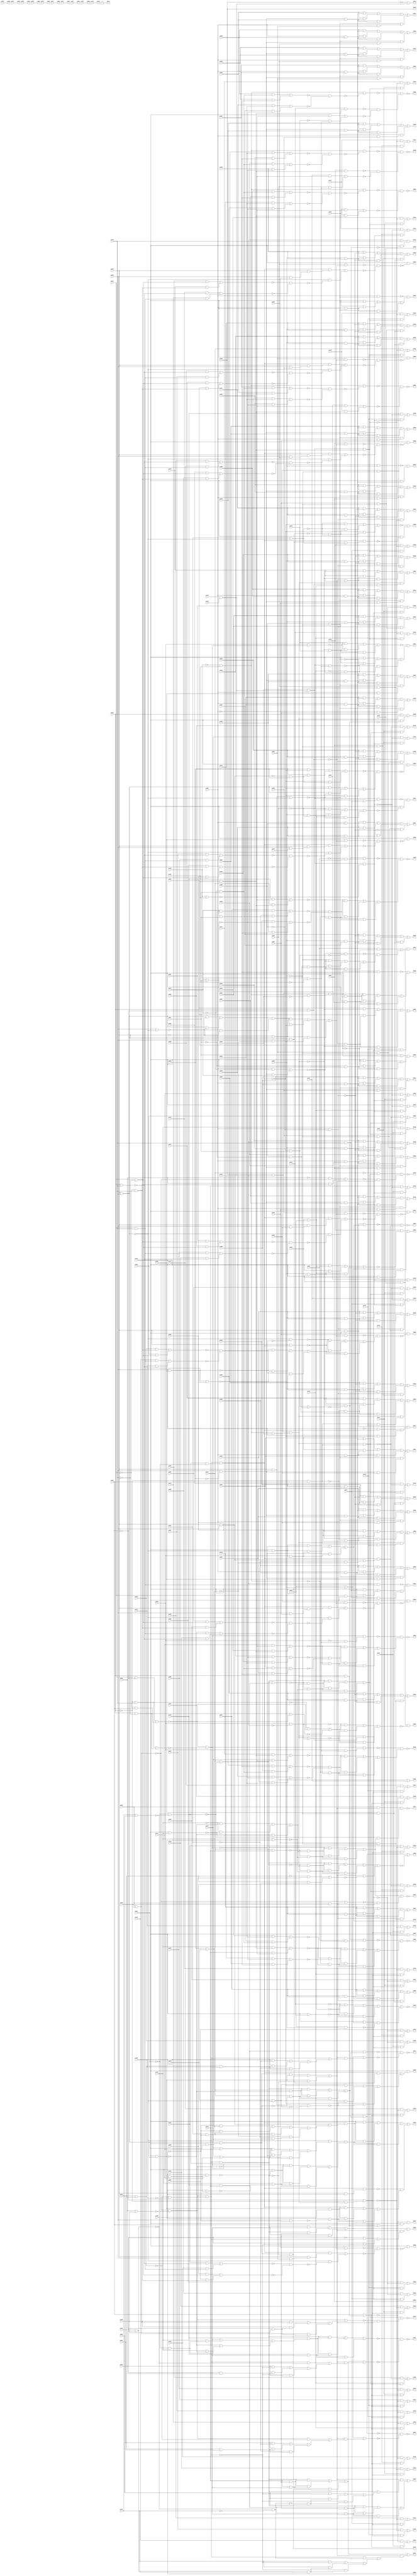
//Written by the Majority Logic Package Thu Apr 30 13:27:53 2015
module top (
            pi000, pi001, pi002, pi003, pi004, pi005, pi006, pi007, pi008, pi009, pi010, pi011, pi012, pi013, pi014, pi015, pi016, pi017, pi018, pi019, pi020, pi021, pi022, pi023, pi024, pi025, pi026, pi027, pi028, pi029, pi030, pi031, pi032, pi033, pi034, pi035, pi036, pi037, pi038, pi039, pi040, pi041, pi042, pi043, pi044, pi045, pi046, pi047, pi048, pi049, pi050, pi051, pi052, pi053, pi054, pi055, pi056, pi057, pi058, pi059, pi060, pi061, pi062, pi063, pi064, pi065, pi066, pi067, pi068, pi069, pi070, pi071, pi072, pi073, pi074, pi075, pi076, pi077, pi078, pi079, pi080, pi081, pi082, pi083, pi084, pi085, pi086, pi087, pi088, pi089, pi090, pi091, pi092, pi093, pi094, pi095, pi096, pi097, pi098, pi099, pi100, pi101, pi102, pi103, pi104, pi105, pi106, pi107, pi108, pi109, pi110, pi111, pi112, pi113, pi114, pi115, pi116, pi117, pi118, pi119, pi120, pi121, pi122, pi123, pi124, pi125, pi126, pi127, pi128, pi129, pi130, pi131, pi132, pi133, pi134, pi135, pi136, pi137, pi138, pi139, pi140, pi141, pi142, pi143, pi144, pi145, pi146, pi147, 
            po000, po001, po002, po003, po004, po005, po006, po007, po008, po009, po010, po011, po012, po013, po014, po015, po016, po017, po018, po019, po020, po021, po022, po023, po024, po025, po026, po027, po028, po029, po030, po031, po032, po033, po034, po035, po036, po037, po038, po039, po040, po041, po042, po043, po044, po045, po046, po047, po048, po049, po050, po051, po052, po053, po054, po055, po056, po057, po058, po059, po060, po061, po062, po063, po064, po065, po066, po067, po068, po069, po070, po071, po072, po073, po074, po075, po076, po077, po078, po079, po080, po081, po082, po083, po084, po085, po086, po087, po088, po089, po090, po091, po092, po093, po094, po095, po096, po097, po098, po099, po100, po101, po102, po103, po104, po105, po106, po107, po108, po109, po110, po111, po112, po113, po114, po115, po116, po117, po118, po119, po120, po121, po122, po123, po124, po125, po126, po127, po128, po129, po130, po131, po132, po133, po134, po135, po136, po137, po138, po139, po140, po141, po142, po143, po144, po145, po146);
input pi000, pi001, pi002, pi003, pi004, pi005, pi006, pi007, pi008, pi009, pi010, pi011, pi012, pi013, pi014, pi015, pi016, pi017, pi018, pi019, pi020, pi021, pi022, pi023, pi024, pi025, pi026, pi027, pi028, pi029, pi030, pi031, pi032, pi033, pi034, pi035, pi036, pi037, pi038, pi039, pi040, pi041, pi042, pi043, pi044, pi045, pi046, pi047, pi048, pi049, pi050, pi051, pi052, pi053, pi054, pi055, pi056, pi057, pi058, pi059, pi060, pi061, pi062, pi063, pi064, pi065, pi066, pi067, pi068, pi069, pi070, pi071, pi072, pi073, pi074, pi075, pi076, pi077, pi078, pi079, pi080, pi081, pi082, pi083, pi084, pi085, pi086, pi087, pi088, pi089, pi090, pi091, pi092, pi093, pi094, pi095, pi096, pi097, pi098, pi099, pi100, pi101, pi102, pi103, pi104, pi105, pi106, pi107, pi108, pi109, pi110, pi111, pi112, pi113, pi114, pi115, pi116, pi117, pi118, pi119, pi120, pi121, pi122, pi123, pi124, pi125, pi126, pi127, pi128, pi129, pi130, pi131, pi132, pi133, pi134, pi135, pi136, pi137, pi138, pi139, pi140, pi141, pi142, pi143, pi144, pi145, pi146, pi147;
output po000, po001, po002, po003, po004, po005, po006, po007, po008, po009, po010, po011, po012, po013, po014, po015, po016, po017, po018, po019, po020, po021, po022, po023, po024, po025, po026, po027, po028, po029, po030, po031, po032, po033, po034, po035, po036, po037, po038, po039, po040, po041, po042, po043, po044, po045, po046, po047, po048, po049, po050, po051, po052, po053, po054, po055, po056, po057, po058, po059, po060, po061, po062, po063, po064, po065, po066, po067, po068, po069, po070, po071, po072, po073, po074, po075, po076, po077, po078, po079, po080, po081, po082, po083, po084, po085, po086, po087, po088, po089, po090, po091, po092, po093, po094, po095, po096, po097, po098, po099, po100, po101, po102, po103, po104, po105, po106, po107, po108, po109, po110, po111, po112, po113, po114, po115, po116, po117, po118, po119, po120, po121, po122, po123, po124, po125, po126, po127, po128, po129, po130, po131, po132, po133, po134, po135, po136, po137, po138, po139, po140, po141, po142, po143, po144, po145, po146;
wire one, v0, v1, v2, v3, v4, v5, v6, v7, v8, v9, v10, v11, v12, v13, v14, v15, v16, v17, v18, v19, v20, v21, v22, v23, v24, v25, v26, v27, v28, v29, v30, v31, v32, v33, v34, v35, v36, v37, v38, v39, v40, v41, v42, v43, v44, v45, v46, v47, v48, v49, v50, v51, v52, v53, v54, v55, v56, v57, v58, v59, v60, v61, v62, v63, v64, v65, v66, v67, v68, v69, v70, v71, v72, v73, v74, v75, v76, v77, v78, v79, v80, v81, v82, v83, v84, v85, v86, v87, v88, v89, v90, v91, v92, v93, v94, v95, v96, v97, v98, v99, v100, v101, v102, v103, v104, v105, v106, v107, v108, v109, v110, v111, v112, v113, v114, v115, v116, v117, v118, v119, v120, v121, v122, v123, v124, v125, v126, v127, v128, v129, v130, v131, v132, v133, v134, v135, v136, v137, v138, v139, v140, v141, v142, v143, v144, v145, v146, v147, v148, v149, v150, v151, v152, v153, v154, v155, v156, v157, v158, v159, v160, v161, v162, v163, v164, v165, v166, v167, v168, v169, v170, v171, v172, v173, v174, v175, v176, v177, v178, v179, v180, v181, v182, v183, v184, v185, v186, v187, v188, v189, v190, v191, v192, v193, v194, 
 w0, w1, w2, w3, w4, w5, w6, w7, w8, w9, w10, w11, w12, w13, w14, w15, w16, w17, w18, w19, w20, w21, w22, w23, w24, w25, w26, w27, w28, w29, w30, w31, w32, w33, w34, w35, w36, w37, w38, w39, w40, w41, w42, w43, w44, w45, w46, w47, w48, w49, w50, w51, w52, w53, w54, w55, w56, w57, w58, w59, w60, w61, w62, w63, w64, w65, w66, w67, w68, w69, w70, w71, w72, w73, w74, w75, w76, w77, w78, w79, w80, w81, w82, w83, w84, w85, w86, w87, w88, w89, w90, w91, w92, w93, w94, w95, w96, w97, w98, w99, w100, w101, w102, w103, w104, w105, w106, w107, w108, w109, w110, w111, w112, w113, w114, w115, w116, w117, w118, w119, w120, w121, w122, w123, w124, w125, w126, w127, w128, w129, w130, w131, w132, w133, w134, w135, w136, w137, w138, w139, w140, w141, w142, w143, w144, w145, w146, w147, w148, w149, w150, w151, w152, w153, w154, w155, w156, w157, w158, w159, w160, w161, w162, w163, w164, w165, w166, w167, w168, w169, w170, w171, w172, w173, w174, w175, w176, w177, w178, w179, w180, w181, w182, w183, w184, w185, w186, w187, w188, w189, w190, w191, w192, w193, w194, w195, w196, w197, w198, w199, w200, w201, w202, w203, w204, w205, w206, w207, w208, w209, w210, w211, w212, w213, w214, w215, w216, w217, w218, w219, w220, w221, w222, w223, w224, w225, w226, w227, w228, w229, w230, w231, w232, w233, w234, w235, w236, w237, w238, w239, w240, w241, w242, w243, w244, w245, w246, w247, w248, w249, w250, w251, w252, w253, w254, w255, w256, w257, w258, w259, w260, w261, w262, w263, w264, w265, w266, w267, w268, w269, w270, w271, w272, w273, w274, w275, w276, w277, w278, w279, w280, w281, w282, w283, w284, w285, w286, w287, w288, w289, w290, w291, w292, w293, w294, w295, w296, w297, w298, w299, w300, w301, w302, w303, w304, w305, w306, w307, w308, w309, w310, w311, w312, w313, w314, w315, w316, w317, w318, w319, w320, w321, w322, w323, w324, w325, w326, w327, w328, w329, w330, w331, w332, w333, w334, w335, w336, w337, w338, w339, w340, w341, w342, w343, w344, w345, w346, w347, w348, w349, w350, w351, w352, w353, w354, w355, w356, w357, w358, w359, w360, w361, w362, w363, w364, w365, w366, w367, w368, w369, w370, w371, w372, w373, w374, w375, w376, w377, w378, w379, w380, w381, w382, w383, w384, w385, w386, w387, w388, w389, w390, w391, w392, w393, w394, w395, w396, w397, w398, w399, w400, w401, w402, w403, w404, w405, w406, w407, w408, w409, w410, w411, w412, w413, w414, w415, w416, w417, w418, w419, w420, w421, w422, w423, w424, w425, w426, w427, w428, w429, w430, w431, w432, w433, w434, w435, w436, w437, w438, w439, w440, w441, w442, w443, w444, w445, w446, w447, w448, w449, w450, w451, w452, w453, w454, w455, w456, w457, w458, w459, w460, w461, w462, w463, w464, w465, w466, w467, w468, w469, w470, w471, w472, w473, w474, w475, w476, w477, w478, w479, w480, w481, w482, w483, w484, w485, w486, w487, w488, w489, w490, w491, w492, w493, w494, w495, w496, w497, w498, w499, w500, w501, w502, w503, w504, w505, w506, w507, w508, w509, w510, w511, w512, w513, w514, w515, w516, w517, w518, w519, w520, w521, w522, w523, w524, w525, w526, w527, w528, w529, w530, w531, w532, w533, w534, w535, w536, w537, w538, w539, w540, w541, w542, w543, w544, w545, w546, w547, w548, w549, w550, w551, w552, w553, w554, w555, w556, w557, w558, w559, w560, w561, w562, w563, w564, w565, w566, w567, w568, w569, w570, w571, w572, w573, w574, w575, w576, w577, w578, w579, w580, w581, w582, w583, w584, w585, w586, w587, w588, w589, w590, w591, w592, w593, w594, w595, w596, w597, w598, w599, w600, w601, w602, w603, w604, w605, w606, w607, w608, w609, w610, w611, w612, w613, w614, w615, w616, w617, w618, w619, w620, w621, w622, w623, w624, w625, w626, w627, w628, w629, w630, w631, w632, w633, w634, w635, w636, w637, w638, w639, w640, w641, w642, w643, w644, w645, w646, w647, w648, w649, w650, w651, w652, w653, w654, w655, w656, w657, w658, w659, w660, w661, w662, w663, w664, w665, w666, w667, w668, w669, w670, w671, w672, w673, w674, w675, w676, w677, w678, w679, w680, w681, w682, w683, w684, w685, w686, w687, w688, w689, w690, w691, w692, w693, w694, w695, w696, w697, w698, w699, w700, w701, w702, w703, w704, w705, w706, w707, w708, w709, w710, w711, w712, w713, w714, w715, w716, w717, w718, w719, w720, w721, w722, w723, w724, w725, w726, w727, w728, w729, w730, w731, w732, w733, w734, w735, w736, w737, w738, w739, w740, w741, w742, w743, w744, w745, w746, w747, w748, w749, w750, w751, w752, w753, w754, w755, w756, w757, w758, w759, w760, w761, w762, w763, w764, w765, w766, w767, w768, w769, w770, w771, w772, w773, w774, w775, w776, w777, w778, w779, w780, w781, w782, w783, w784, w785, w786, w787, w788, w789, w790, w791, w792, w793, w794, w795, w796, w797, w798, w799, w800, w801, w802, w803, w804, w805, w806, w807, w808, w809, w810, w811, w812, w813, w814, w815, w816, w817, w818, w819, w820, w821, w822, w823, w824, w825, w826, w827, w828, w829, w830, w831, w832, w833, w834, w835, w836;
assign v0 = ~(pi000 | pi002);
assign w0 = v0;
assign w1 = (pi128 & ~w0) | (pi128 & w745) | (~w0 & w745);
assign w2 = pi120 & ~w1;
assign v1 = ~(pi002 | pi063);
assign w3 = v1;
assign w4 = pi128 & ~w3;
assign w5 = ~w3 & w746;
assign v2 = ~(w2 | w5);
assign w6 = v2;
assign w7 = pi128 & pi133;
assign w8 = ~pi138 & pi139;
assign w9 = pi134 & pi135;
assign w10 = pi130 & w9;
assign w11 = w10 & w722;
assign w12 = pi001 & ~w11;
assign w13 = pi004 & ~pi075;
assign w14 = ~pi004 & pi075;
assign v3 = ~(w13 | w14);
assign w15 = v3;
assign w16 = ~pi005 & pi077;
assign w17 = w15 & ~w16;
assign w18 = pi005 & ~pi077;
assign w19 = (~pi063 & w15) | (~pi063 & w747) | (w15 & w747);
assign w20 = ~w17 & w19;
assign v4 = ~(w12 | w20);
assign w21 = v4;
assign w22 = w7 & ~w21;
assign w23 = (~pi119 & w0) | (~pi119 & w748) | (w0 & w748);
assign w24 = pi002 & pi063;
assign w25 = w4 & ~w24;
assign v5 = ~(w23 | w25);
assign w26 = v5;
assign w27 = pi136 & w9;
assign w28 = pi138 & ~pi139;
assign w29 = w27 & w28;
assign w30 = w27 & w749;
assign w31 = (~pi003 & ~w0) | (~pi003 & w750) | (~w0 & w750);
assign w32 = pi128 & ~w31;
assign w33 = ~w30 & w32;
assign w34 = pi005 & ~pi063;
assign w35 = pi004 & w34;
assign w36 = (pi128 & w34) | (pi128 & w751) | (w34 & w751);
assign w37 = ~w35 & w36;
assign w38 = ~pi005 & pi063;
assign w39 = pi128 & ~w34;
assign w40 = ~w38 & w39;
assign w41 = (pi006 & ~w34) | (pi006 & w752) | (~w34 & w752);
assign w42 = w34 & w753;
assign v6 = ~(w41 | w42);
assign w43 = v6;
assign w44 = (pi007 & ~w34) | (pi007 & w754) | (~w34 & w754);
assign w45 = w34 & w755;
assign v7 = ~(w44 | w45);
assign w46 = v7;
assign w47 = (pi008 & ~w34) | (pi008 & w756) | (~w34 & w756);
assign w48 = w34 & w757;
assign v8 = ~(w47 | w48);
assign w49 = v8;
assign w50 = (pi009 & ~w34) | (pi009 & w758) | (~w34 & w758);
assign w51 = w34 & w759;
assign v9 = ~(w50 | w51);
assign w52 = v9;
assign w53 = (pi010 & ~w34) | (pi010 & w760) | (~w34 & w760);
assign w54 = w34 & w761;
assign v10 = ~(w53 | w54);
assign w55 = v10;
assign w56 = pi004 & ~pi005;
assign w57 = (pi011 & ~w56) | (pi011 & w762) | (~w56 & w762);
assign w58 = pi050 & ~pi063;
assign w59 = w56 & w58;
assign v11 = ~(w57 | w59);
assign w60 = v11;
assign w61 = (pi012 & ~w56) | (pi012 & w763) | (~w56 & w763);
assign w62 = pi051 & ~pi063;
assign w63 = w56 & w62;
assign v12 = ~(w61 | w63);
assign w64 = v12;
assign w65 = (pi013 & ~w56) | (pi013 & w764) | (~w56 & w764);
assign w66 = pi045 & ~pi063;
assign w67 = w56 & w66;
assign v13 = ~(w65 | w67);
assign w68 = v13;
assign w69 = (pi014 & ~w56) | (pi014 & w765) | (~w56 & w765);
assign w70 = pi046 & ~pi063;
assign w71 = w56 & w70;
assign v14 = ~(w69 | w71);
assign w72 = v14;
assign w73 = (pi015 & ~w56) | (pi015 & w766) | (~w56 & w766);
assign w74 = pi047 & ~pi063;
assign w75 = w56 & w74;
assign v15 = ~(w73 | w75);
assign w76 = v15;
assign w77 = (pi016 & ~w56) | (pi016 & w767) | (~w56 & w767);
assign w78 = pi048 & ~pi063;
assign w79 = w56 & w78;
assign v16 = ~(w77 | w79);
assign w80 = v16;
assign w81 = (pi017 & ~w56) | (pi017 & w768) | (~w56 & w768);
assign w82 = pi049 & ~pi063;
assign w83 = w56 & w82;
assign v17 = ~(w81 | w83);
assign w84 = v17;
assign w85 = (pi018 & ~w56) | (pi018 & w769) | (~w56 & w769);
assign w86 = pi043 & ~pi063;
assign w87 = w56 & w86;
assign v18 = ~(w85 | w87);
assign w88 = v18;
assign w89 = (pi019 & ~w34) | (pi019 & w770) | (~w34 & w770);
assign w90 = w34 & w771;
assign v19 = ~(w89 | w90);
assign w91 = v19;
assign w92 = (pi020 & ~w34) | (pi020 & w772) | (~w34 & w772);
assign w93 = w34 & w773;
assign v20 = ~(w92 | w93);
assign w94 = v20;
assign w95 = (pi021 & ~w34) | (pi021 & w774) | (~w34 & w774);
assign w96 = w34 & w775;
assign v21 = ~(w95 | w96);
assign w97 = v21;
assign w98 = (pi022 & ~w34) | (pi022 & w776) | (~w34 & w776);
assign w99 = w34 & w777;
assign v22 = ~(w98 | w99);
assign w100 = v22;
assign w101 = (pi023 & ~w34) | (pi023 & w778) | (~w34 & w778);
assign w102 = w34 & w779;
assign v23 = ~(w101 | w102);
assign w103 = v23;
assign w104 = (pi024 & ~w34) | (pi024 & w780) | (~w34 & w780);
assign w105 = w34 & w781;
assign v24 = ~(w104 | w105);
assign w106 = v24;
assign w107 = (pi025 & ~w34) | (pi025 & w782) | (~w34 & w782);
assign w108 = w34 & w783;
assign v25 = ~(w107 | w108);
assign w109 = v25;
assign w110 = (pi026 & ~w34) | (pi026 & w784) | (~w34 & w784);
assign w111 = w34 & w785;
assign v26 = ~(w110 | w111);
assign w112 = v26;
assign w113 = (pi027 & ~w34) | (pi027 & w786) | (~w34 & w786);
assign w114 = w34 & w787;
assign v27 = ~(w113 | w114);
assign w115 = v27;
assign w116 = (pi028 & ~w34) | (pi028 & w788) | (~w34 & w788);
assign w117 = w34 & w789;
assign v28 = ~(w116 | w117);
assign w118 = v28;
assign w119 = (pi029 & ~w34) | (pi029 & w790) | (~w34 & w790);
assign w120 = w34 & w791;
assign v29 = ~(w119 | w120);
assign w121 = v29;
assign v30 = ~(pi004 | pi005);
assign w122 = v30;
assign w123 = (pi030 & ~w122) | (pi030 & w792) | (~w122 & w792);
assign w124 = w58 & w122;
assign v31 = ~(w123 | w124);
assign w125 = v31;
assign w126 = (pi031 & ~w122) | (pi031 & w793) | (~w122 & w793);
assign w127 = w62 & w122;
assign v32 = ~(w126 | w127);
assign w128 = v32;
assign w129 = (pi032 & ~w122) | (pi032 & w794) | (~w122 & w794);
assign w130 = w70 & w122;
assign v33 = ~(w129 | w130);
assign w131 = v33;
assign w132 = (pi033 & ~w122) | (pi033 & w795) | (~w122 & w795);
assign w133 = w74 & w122;
assign v34 = ~(w132 | w133);
assign w134 = v34;
assign w135 = (pi034 & ~w122) | (pi034 & w796) | (~w122 & w796);
assign w136 = w78 & w122;
assign v35 = ~(w135 | w136);
assign w137 = v35;
assign w138 = (pi035 & ~w122) | (pi035 & w797) | (~w122 & w797);
assign w139 = w86 & w122;
assign v36 = ~(w138 | w139);
assign w140 = v36;
assign w141 = (pi036 & ~w122) | (pi036 & w798) | (~w122 & w798);
assign w142 = w66 & w122;
assign v37 = ~(w141 | w142);
assign w143 = v37;
assign w144 = (pi037 & ~w122) | (pi037 & w799) | (~w122 & w799);
assign w145 = w82 & w122;
assign v38 = ~(w144 | w145);
assign w146 = v38;
assign v39 = ~(pi059 | pi060);
assign w147 = v39;
assign w148 = ~pi058 & w147;
assign w149 = w147 & w670;
assign w150 = ~pi054 & w149;
assign w151 = w149 & w671;
assign w152 = w149 & w672;
assign w153 = ~pi053 & w152;
assign w154 = w152 & w673;
assign w155 = w152 & w674;
assign w156 = w152 & w675;
assign w157 = w152 & w695;
assign w158 = pi039 & w157;
assign v40 = ~(pi040 | pi044);
assign w159 = v40;
assign w160 = ~pi041 & w159;
assign w161 = (~pi038 & ~w159) | (~pi038 & w800) | (~w159 & w800);
assign w162 = w159 & w801;
assign v41 = ~(w161 | w162);
assign w163 = v41;
assign w164 = w157 & w802;
assign w165 = pi083 & ~pi129;
assign w166 = ~pi083 & pi129;
assign w167 = pi076 & ~pi082;
assign w168 = ~pi076 & pi082;
assign v42 = ~(w167 | w168);
assign w169 = v42;
assign w170 = ~w166 & w169;
assign w171 = w169 & w676;
assign v43 = ~(pi039 | pi062);
assign w172 = v43;
assign w173 = w172 & w835;
assign w174 = (pi128 & w164) | (pi128 & w678) | (w164 & w678);
assign w175 = w157 & w723;
assign w176 = pi128 & ~w172;
assign w177 = ~pi062 & w157;
assign w178 = (w157 & w724) | (w157 & w725) | (w724 & w725);
assign w179 = ~w175 & w178;
assign v44 = ~(w174 | w179);
assign w180 = v44;
assign w181 = pi039 & pi128;
assign w182 = pi128 & w172;
assign w183 = (w182 & ~w171) | (w182 & w803) | (~w171 & w803);
assign v45 = ~(w181 | w183);
assign w184 = v45;
assign w185 = w157 & w804;
assign v46 = ~(w184 | w185);
assign w186 = v46;
assign w187 = (pi040 & ~w157) | (pi040 & w726) | (~w157 & w726);
assign w188 = (~w172 & ~w157) | (~w172 & w727) | (~w157 & w727);
assign w189 = ~w187 & w188;
assign w190 = pi128 & ~w189;
assign w191 = w157 & w703;
assign v47 = ~(pi041 | w172);
assign w192 = v47;
assign w193 = (w192 & ~w157) | (w192 & w805) | (~w157 & w805);
assign w194 = w157 & w728;
assign w195 = pi128 & ~w194;
assign w196 = ~w193 & w195;
assign w197 = (w374 & w176) | (w374 & ~w156) | (w176 & ~w156);
assign w198 = (w156 & w704) | (w156 & w705) | (w704 & w705);
assign w199 = (w156 & w806) | (w156 & w807) | (w806 & w807);
assign w200 = (w156 & w729) | (w156 & w730) | (w729 & w730);
assign w201 = (pi042 & ~w152) | (pi042 & w706) | (~w152 & w706);
assign v48 = ~(w154 | w201);
assign w202 = v48;
assign w203 = w197 & ~w202;
assign v49 = ~(w200 | w203);
assign w204 = v49;
assign w205 = ~w199 & w204;
assign w206 = pi043 & w836;
assign w207 = w157 & w709;
assign v50 = ~(pi076 | pi129);
assign w208 = v50;
assign w209 = pi099 & w208;
assign w210 = pi076 & pi129;
assign w211 = pi111 & w210;
assign v51 = ~(w209 | w211);
assign w212 = v51;
assign w213 = pi076 & ~pi129;
assign w214 = pi095 & w213;
assign w215 = ~pi076 & pi129;
assign w216 = pi089 & w215;
assign v52 = ~(w214 | w216);
assign w217 = v52;
assign w218 = w212 & w217;
assign w219 = w172 & ~w218;
assign v53 = ~(w207 | w219);
assign w220 = v53;
assign w221 = ~w206 & w220;
assign w222 = pi128 & ~w221;
assign v54 = ~(pi044 | w172);
assign w223 = v54;
assign w224 = (~w223 & ~w157) | (~w223 & w731) | (~w157 & w731);
assign v55 = ~(w191 | w224);
assign w225 = v55;
assign w226 = pi128 & ~w225;
assign w227 = pi045 & w836;
assign w228 = w157 & w710;
assign w229 = pi091 & w213;
assign w230 = pi086 & w215;
assign v56 = ~(w229 | w230);
assign w231 = v56;
assign w232 = pi107 & w210;
assign w233 = pi102 & w208;
assign v57 = ~(w232 | w233);
assign w234 = v57;
assign w235 = w231 & w234;
assign w236 = w172 & ~w235;
assign v58 = ~(w228 | w236);
assign w237 = v58;
assign w238 = ~w227 & w237;
assign w239 = pi128 & ~w238;
assign w240 = pi046 & w836;
assign w241 = w157 & w711;
assign w242 = pi087 & w215;
assign w243 = pi092 & w213;
assign v59 = ~(w242 | w243);
assign w244 = v59;
assign w245 = pi108 & w210;
assign w246 = pi103 & w208;
assign v60 = ~(w245 | w246);
assign w247 = v60;
assign w248 = w244 & w247;
assign w249 = w172 & ~w248;
assign v61 = ~(w241 | w249);
assign w250 = v61;
assign w251 = ~w240 & w250;
assign w252 = pi128 & ~w251;
assign w253 = pi047 & w836;
assign w254 = w157 & w712;
assign w255 = pi096 & w208;
assign w256 = pi097 & w210;
assign v62 = ~(w255 | w256);
assign w257 = v62;
assign w258 = pi078 & w213;
assign w259 = pi081 & w215;
assign v63 = ~(w258 | w259);
assign w260 = v63;
assign w261 = w257 & w260;
assign w262 = w172 & ~w261;
assign v64 = ~(w254 | w262);
assign w263 = v64;
assign w264 = ~w253 & w263;
assign w265 = pi128 & ~w264;
assign w266 = pi048 & w836;
assign w267 = w157 & w713;
assign w268 = pi105 & w208;
assign w269 = pi109 & w210;
assign v65 = ~(w268 | w269);
assign w270 = v65;
assign w271 = pi093 & w213;
assign w272 = pi088 & w215;
assign v66 = ~(w271 | w272);
assign w273 = v66;
assign w274 = w270 & w273;
assign w275 = w172 & ~w274;
assign v67 = ~(w267 | w275);
assign w276 = v67;
assign w277 = ~w266 & w276;
assign w278 = pi128 & ~w277;
assign w279 = pi049 & w836;
assign w280 = w157 & w714;
assign w281 = pi094 & w213;
assign w282 = pi079 & w215;
assign v68 = ~(w281 | w282);
assign w283 = v68;
assign w284 = pi104 & w208;
assign w285 = pi110 & w210;
assign v69 = ~(w284 | w285);
assign w286 = v69;
assign w287 = w283 & w286;
assign w288 = w172 & ~w287;
assign v70 = ~(w280 | w288);
assign w289 = v70;
assign w290 = ~w279 & w289;
assign w291 = pi128 & ~w290;
assign w292 = pi050 & w836;
assign w293 = w157 & w715;
assign w294 = pi100 & w208;
assign w295 = pi098 & w210;
assign v71 = ~(w294 | w295);
assign w296 = v71;
assign w297 = pi084 & w215;
assign w298 = pi080 & w213;
assign v72 = ~(w297 | w298);
assign w299 = v72;
assign w300 = w296 & w299;
assign w301 = w172 & ~w300;
assign v73 = ~(w293 | w301);
assign w302 = v73;
assign w303 = ~w292 & w302;
assign w304 = pi128 & ~w303;
assign w305 = pi051 & w836;
assign w306 = pi085 & w215;
assign w307 = pi090 & w213;
assign v74 = ~(w306 | w307);
assign w308 = v74;
assign w309 = pi106 & w210;
assign w310 = pi101 & w208;
assign v75 = ~(w309 | w310);
assign w311 = v75;
assign w312 = w308 & w311;
assign w313 = w172 & ~w312;
assign w314 = (~w313 & ~w158) | (~w313 & w690) | (~w158 & w690);
assign w315 = ~w305 & w314;
assign w316 = pi128 & ~w315;
assign w317 = (pi052 & ~w152) | (pi052 & w732) | (~w152 & w732);
assign v76 = ~(w156 | w317);
assign w318 = v76;
assign w319 = w197 & ~w318;
assign w320 = pi123 & pi126;
assign w321 = (w156 & w808) | (w156 & w809) | (w808 & w809);
assign v77 = ~(w319 | w321);
assign w322 = v77;
assign w323 = pi053 & ~w152;
assign v78 = ~(w153 | w323);
assign w324 = v78;
assign w325 = w197 & ~w324;
assign v79 = ~(w198 | w325);
assign w326 = v79;
assign w327 = (w156 & w733) | (w156 & w734) | (w733 & w734);
assign w328 = pi126 & w327;
assign w329 = pi114 & ~pi123;
assign w330 = (w156 & w735) | (w156 & w736) | (w735 & w736);
assign w331 = pi054 & ~w149;
assign v80 = ~(w150 | w331);
assign w332 = v80;
assign w333 = w197 & w332;
assign v81 = ~(w330 | w333);
assign w334 = v81;
assign v82 = ~(w328 | w334);
assign w335 = v82;
assign w336 = (w156 & w737) | (w156 & w738) | (w737 & w738);
assign w337 = (pi055 & ~w147) | (pi055 & w810) | (~w147 & w810);
assign v83 = ~(w149 | w337);
assign w338 = v83;
assign w339 = w338 & w197;
assign v84 = ~(w336 | w339);
assign w340 = v84;
assign w341 = w320 & w327;
assign w342 = (pi056 & ~w149) | (pi056 & w739) | (~w149 & w739);
assign v85 = ~(w152 | w342);
assign w343 = v85;
assign w344 = w197 & ~w343;
assign v86 = ~(w198 | w344);
assign w345 = v86;
assign w346 = ~w341 & w345;
assign w347 = (pi057 & ~w152) | (pi057 & w740) | (~w152 & w740);
assign v87 = ~(w155 | w347);
assign w348 = v87;
assign w349 = w197 & ~w348;
assign v88 = ~(w200 | w349);
assign w350 = v88;
assign w351 = ~pi114 & w336;
assign w352 = pi058 & ~w147;
assign v89 = ~(w148 | w352);
assign w353 = v89;
assign w354 = w353 & w197;
assign v90 = ~(w351 | w354);
assign w355 = v90;
assign w356 = pi059 & w197;
assign v91 = ~(pi114 | pi126);
assign w357 = v91;
assign w358 = (w156 & w741) | (w156 & w742) | (w741 & w742);
assign w359 = ~pi123 & w358;
assign v92 = ~(w356 | w359);
assign w360 = v92;
assign w361 = pi059 & pi060;
assign v93 = ~(w147 | w361);
assign w362 = v93;
assign w363 = w362 & w197;
assign v94 = ~(w358 | w363);
assign w364 = v94;
assign w365 = (pi061 & ~w149) | (pi061 & w743) | (~w149 & w743);
assign v95 = ~(w151 | w365);
assign w366 = v95;
assign w367 = w197 & ~w366;
assign v96 = ~(w198 | w367);
assign w368 = v96;
assign w369 = ~w328 & w368;
assign w370 = pi062 & ~w157;
assign v97 = ~(w177 | w370);
assign w371 = v97;
assign w372 = w181 & ~w371;
assign w373 = pi128 & w185;
assign w374 = ~w172 & w811;
assign w375 = ~w156 & w374;
assign w376 = ~pi075 & pi077;
assign w377 = pi009 & w376;
assign w378 = pi075 & pi077;
assign w379 = pi028 & w378;
assign v98 = ~(w377 | w379);
assign w380 = v98;
assign w381 = pi075 & ~pi077;
assign w382 = pi017 & w381;
assign v99 = ~(pi075 | pi077);
assign w383 = v99;
assign w384 = pi037 & w383;
assign v100 = ~(w382 | w384);
assign w385 = v100;
assign w386 = w380 & w385;
assign w387 = w8 & ~w386;
assign w388 = pi138 & pi139;
assign w389 = pi119 & w388;
assign v101 = ~(pi138 | pi139);
assign w390 = v101;
assign w391 = pi128 & w390;
assign w392 = ~pi072 & w28;
assign v102 = ~(w391 | w392);
assign w393 = v102;
assign w394 = ~w389 & w393;
assign w395 = ~w387 & w394;
assign w396 = pi066 & ~pi113;
assign w397 = w10 & w744;
assign v103 = ~(w165 | w169);
assign w398 = v103;
assign v104 = ~(w170 | w398);
assign w399 = v104;
assign w400 = (~w396 & ~w399) | (~w396 & w812) | (~w399 & w812);
assign w401 = w7 & ~w400;
assign w402 = pi066 & w171;
assign w403 = w171 & w813;
assign w404 = pi025 & w378;
assign w405 = pi006 & w376;
assign v105 = ~(w404 | w405);
assign w406 = v105;
assign w407 = pi032 & w383;
assign w408 = pi014 & w381;
assign v106 = ~(w407 | w408);
assign w409 = v106;
assign w410 = w406 & w409;
assign w411 = pi117 & w388;
assign w412 = pi127 & w390;
assign v107 = ~(w411 | w412);
assign w413 = v107;
assign w414 = (w413 & w410) | (w413 & w814) | (w410 & w814);
assign w415 = ~w403 & w414;
assign w416 = w171 & w815;
assign w417 = pi036 & w383;
assign w418 = pi013 & w381;
assign v108 = ~(w417 | w418);
assign w419 = v108;
assign w420 = pi021 & w376;
assign w421 = pi024 & w378;
assign v109 = ~(w420 | w421);
assign w422 = v109;
assign w423 = w419 & w422;
assign w424 = pi124 & w390;
assign w425 = pi116 & w388;
assign v110 = ~(w424 | w425);
assign w426 = v110;
assign w427 = (w426 & w423) | (w426 & w816) | (w423 & w816);
assign w428 = ~w416 & w427;
assign w429 = w15 & w817;
assign w430 = pi001 & w28;
assign w431 = w429 & w430;
assign w432 = pi012 & w381;
assign w433 = pi020 & w376;
assign v111 = ~(w432 | w433);
assign w434 = v111;
assign w435 = pi031 & w383;
assign w436 = pi023 & w378;
assign v112 = ~(w435 | w436);
assign w437 = v112;
assign w438 = w434 & w437;
assign w439 = pi115 & w388;
assign w440 = pi126 & w390;
assign v113 = ~(w439 | w440);
assign w441 = v113;
assign w442 = (w441 & w438) | (w441 & w818) | (w438 & w818);
assign w443 = ~w431 & w442;
assign w444 = pi008 & w376;
assign w445 = pi027 & w378;
assign v114 = ~(w444 | w445);
assign w446 = v114;
assign w447 = pi016 & w381;
assign w448 = pi034 & w383;
assign v115 = ~(w447 | w448);
assign w449 = v115;
assign w450 = w446 & w449;
assign w451 = w8 & ~w450;
assign w452 = pi122 & w390;
assign w453 = pi112 & w388;
assign v116 = ~(w452 | w453);
assign w454 = v116;
assign w455 = ~w451 & w454;
assign w456 = ~pi001 & w28;
assign w457 = w429 & w456;
assign w458 = pi011 & w381;
assign w459 = pi019 & w376;
assign v117 = ~(w458 | w459);
assign w460 = v117;
assign w461 = pi030 & w383;
assign w462 = pi022 & w378;
assign v118 = ~(w461 | w462);
assign w463 = v118;
assign w464 = w460 & w463;
assign w465 = pi123 & w390;
assign w466 = pi114 & w388;
assign v119 = ~(w465 | w466);
assign w467 = v119;
assign w468 = (w467 & w464) | (w467 & w819) | (w464 & w819);
assign w469 = ~w457 & w468;
assign w470 = (pi072 & ~w402) | (pi072 & w820) | (~w402 & w820);
assign w471 = (pi128 & ~w29) | (pi128 & w821) | (~w29 & w821);
assign w472 = ~w470 & w471;
assign w473 = pi018 & w381;
assign w474 = pi029 & w378;
assign v120 = ~(w473 | w474);
assign w475 = v120;
assign w476 = pi010 & w376;
assign w477 = pi035 & w383;
assign v121 = ~(w476 | w477);
assign w478 = v121;
assign w479 = w475 & w478;
assign w480 = w8 & ~w479;
assign w481 = pi120 & w388;
assign w482 = pi121 & w390;
assign w483 = pi003 & w28;
assign v122 = ~(w482 | w483);
assign w484 = v122;
assign w485 = ~w481 & w484;
assign w486 = ~w480 & w485;
assign w487 = pi007 & w376;
assign w488 = pi026 & w378;
assign v123 = ~(w487 | w488);
assign w489 = v123;
assign w490 = pi015 & w381;
assign w491 = pi033 & w383;
assign v124 = ~(w490 | w491);
assign w492 = v124;
assign w493 = w489 & w492;
assign w494 = w8 & ~w493;
assign w495 = pi125 & w390;
assign w496 = pi118 & w388;
assign v125 = ~(w495 | w496);
assign w497 = v125;
assign w498 = ~w494 & w497;
assign w499 = w11 & w378;
assign w500 = (w11 & w822) | (w11 & w823) | (w822 & w823);
assign w501 = ~w499 & w500;
assign w502 = pi113 & w210;
assign w503 = pi113 & pi129;
assign w504 = (pi128 & w503) | (pi128 & w824) | (w503 & w824);
assign w505 = ~w502 & w504;
assign v126 = ~(pi077 | w11);
assign w506 = v126;
assign w507 = (pi128 & ~w11) | (pi128 & w825) | (~w11 & w825);
assign w508 = ~w506 & w507;
assign w509 = ~pi083 & w397;
assign w510 = w397 & w826;
assign w511 = (pi078 & ~w397) | (pi078 & w827) | (~w397 & w827);
assign w512 = w397 & w828;
assign v127 = ~(w511 | w512);
assign w513 = v127;
assign w514 = pi083 & w397;
assign w515 = w397 & w829;
assign w516 = (pi079 & ~w397) | (pi079 & w830) | (~w397 & w830);
assign w517 = w397 & w831;
assign v128 = ~(w516 | w517);
assign w518 = v128;
assign w519 = (pi080 & ~w397) | (pi080 & w832) | (~w397 & w832);
assign w520 = w397 & w833;
assign v129 = ~(w519 | w520);
assign w521 = v129;
assign w522 = (pi081 & ~w397) | (pi081 & w834) | (~w397 & w834);
assign w523 = pi144 & w515;
assign v130 = ~(w522 | w523);
assign w524 = v130;
assign w525 = pi082 & w514;
assign v131 = ~(pi082 | w514);
assign w526 = v131;
assign w527 = pi128 & ~w526;
assign w528 = ~w525 & w527;
assign v132 = ~(pi083 | w397);
assign w529 = v132;
assign w530 = pi128 & ~w514;
assign w531 = ~w529 & w530;
assign w532 = pi084 & ~w515;
assign w533 = pi140 & w515;
assign v133 = ~(w532 | w533);
assign w534 = v133;
assign w535 = pi085 & ~w515;
assign w536 = pi141 & w515;
assign v134 = ~(w535 | w536);
assign w537 = v134;
assign w538 = pi086 & ~w515;
assign w539 = pi142 & w515;
assign v135 = ~(w538 | w539);
assign w540 = v135;
assign w541 = pi087 & ~w515;
assign w542 = pi143 & w515;
assign v136 = ~(w541 | w542);
assign w543 = v136;
assign w544 = pi088 & ~w515;
assign w545 = pi145 & w515;
assign v137 = ~(w544 | w545);
assign w546 = v137;
assign w547 = pi089 & ~w515;
assign w548 = pi147 & w515;
assign v138 = ~(w547 | w548);
assign w549 = v138;
assign w550 = pi090 & ~w510;
assign w551 = pi141 & w510;
assign v139 = ~(w550 | w551);
assign w552 = v139;
assign w553 = pi091 & ~w510;
assign w554 = pi142 & w510;
assign v140 = ~(w553 | w554);
assign w555 = v140;
assign w556 = pi092 & ~w510;
assign w557 = pi143 & w510;
assign v141 = ~(w556 | w557);
assign w558 = v141;
assign w559 = pi093 & ~w510;
assign w560 = pi145 & w510;
assign v142 = ~(w559 | w560);
assign w561 = v142;
assign w562 = pi094 & ~w510;
assign w563 = pi146 & w510;
assign v143 = ~(w562 | w563);
assign w564 = v143;
assign w565 = pi095 & ~w510;
assign w566 = pi147 & w510;
assign v144 = ~(w565 | w566);
assign w567 = v144;
assign w568 = ~pi082 & w509;
assign w569 = pi096 & ~w568;
assign w570 = pi144 & w568;
assign v145 = ~(w569 | w570);
assign w571 = v145;
assign w572 = pi097 & ~w525;
assign w573 = pi144 & w525;
assign v146 = ~(w572 | w573);
assign w574 = v146;
assign w575 = pi098 & ~w525;
assign w576 = pi140 & w525;
assign v147 = ~(w575 | w576);
assign w577 = v147;
assign w578 = pi099 & ~w568;
assign w579 = pi147 & w568;
assign v148 = ~(w578 | w579);
assign w580 = v148;
assign w581 = pi100 & ~w568;
assign w582 = pi140 & w568;
assign v149 = ~(w581 | w582);
assign w583 = v149;
assign w584 = pi101 & ~w568;
assign w585 = pi141 & w568;
assign v150 = ~(w584 | w585);
assign w586 = v150;
assign w587 = pi102 & ~w568;
assign w588 = pi142 & w568;
assign v151 = ~(w587 | w588);
assign w589 = v151;
assign w590 = pi103 & ~w568;
assign w591 = pi143 & w568;
assign v152 = ~(w590 | w591);
assign w592 = v152;
assign w593 = pi104 & ~w568;
assign w594 = pi146 & w568;
assign v153 = ~(w593 | w594);
assign w595 = v153;
assign w596 = pi105 & ~w568;
assign w597 = pi145 & w568;
assign v154 = ~(w596 | w597);
assign w598 = v154;
assign w599 = pi106 & ~w525;
assign w600 = pi141 & w525;
assign v155 = ~(w599 | w600);
assign w601 = v155;
assign w602 = pi107 & ~w525;
assign w603 = pi142 & w525;
assign v156 = ~(w602 | w603);
assign w604 = v156;
assign w605 = pi108 & ~w525;
assign w606 = pi143 & w525;
assign v157 = ~(w605 | w606);
assign w607 = v157;
assign w608 = pi109 & ~w525;
assign w609 = pi145 & w525;
assign v158 = ~(w608 | w609);
assign w610 = v158;
assign w611 = pi110 & ~w525;
assign w612 = pi146 & w525;
assign v159 = ~(w611 | w612);
assign w613 = v159;
assign w614 = pi111 & ~w525;
assign w615 = pi147 & w525;
assign v160 = ~(w614 | w615);
assign w616 = v160;
assign w617 = w27 & w388;
assign w618 = pi112 & ~w617;
assign w619 = pi145 & w617;
assign v161 = ~(w618 | w619);
assign w620 = v161;
assign w621 = pi114 & ~w617;
assign w622 = pi140 & w617;
assign v162 = ~(w621 | w622);
assign w623 = v162;
assign w624 = pi115 & ~w617;
assign w625 = pi141 & w617;
assign v163 = ~(w624 | w625);
assign w626 = v163;
assign w627 = pi116 & ~w617;
assign w628 = pi142 & w617;
assign v164 = ~(w627 | w628);
assign w629 = v164;
assign w630 = pi117 & ~w617;
assign w631 = pi143 & w617;
assign v165 = ~(w630 | w631);
assign w632 = v165;
assign w633 = pi118 & ~w617;
assign w634 = pi144 & w617;
assign v166 = ~(w633 | w634);
assign w635 = v166;
assign w636 = pi119 & ~w617;
assign w637 = pi146 & w617;
assign v167 = ~(w636 | w637);
assign w638 = v167;
assign w639 = pi120 & ~w617;
assign w640 = pi147 & w617;
assign v168 = ~(w639 | w640);
assign w641 = v168;
assign w642 = w27 & w390;
assign w643 = pi121 & ~w642;
assign w644 = pi147 & w642;
assign v169 = ~(w643 | w644);
assign w645 = v169;
assign w646 = pi122 & ~w642;
assign w647 = pi145 & w642;
assign v170 = ~(w646 | w647);
assign w648 = v170;
assign w649 = pi123 & ~w642;
assign w650 = pi140 & w642;
assign v171 = ~(w649 | w650);
assign w651 = v171;
assign w652 = pi124 & ~w642;
assign w653 = pi142 & w642;
assign v172 = ~(w652 | w653);
assign w654 = v172;
assign v173 = ~(pi125 | w642);
assign w655 = v173;
assign w656 = pi126 & ~w642;
assign w657 = pi141 & w642;
assign v174 = ~(w656 | w657);
assign w658 = v174;
assign w659 = pi127 & ~w642;
assign w660 = pi143 & w642;
assign v175 = ~(w659 | w660);
assign w661 = v175;
assign w662 = pi128 & ~w642;
assign w663 = pi146 & w642;
assign v176 = ~(w662 | w663);
assign w664 = v176;
assign v177 = ~(pi113 | pi129);
assign w665 = v177;
assign w666 = pi128 & ~w503;
assign w667 = ~w665 & w666;
assign w668 = ~pi130 & w9;
assign w669 = pi003 & pi121;
assign v178 = ~(pi058 | pi055);
assign w670 = v178;
assign v179 = ~(pi054 | pi061);
assign w671 = v179;
assign w672 = w671 & ~pi056;
assign v180 = ~(pi053 | pi042);
assign w673 = v180;
assign w674 = w673 & ~pi057;
assign w675 = w673 & w693;
assign v181 = ~(w166 | w165);
assign w676 = v181;
assign w677 = pi066 & pi124;
assign w678 = w173 & w694;
assign w679 = pi062 & ~pi040;
assign w680 = pi062 & w159;
assign v182 = ~(pi062 | w172);
assign w681 = v182;
assign w682 = pi062 & pi049;
assign w683 = pi062 & pi051;
assign w684 = pi062 & pi045;
assign w685 = pi062 & pi046;
assign w686 = pi062 & pi047;
assign w687 = pi062 & pi048;
assign w688 = pi062 & pi137;
assign w689 = pi062 & pi050;
assign w690 = (~w689 & w312) | (~w689 & w717) | (w312 & w717);
assign v183 = ~(pi115 | w176);
assign w691 = v183;
assign w692 = (~pi115 & ~w176) | (~pi115 & w718) | (~w176 & w718);
assign v184 = ~(pi057 | pi052);
assign w693 = v184;
assign w694 = (w171 & w719) | (w171 & w720) | (w719 & w720);
assign w695 = w675 & ~pi064;
assign w696 = pi039 & pi062;
assign w697 = pi038 & pi124;
assign w698 = pi038 & w677;
assign v185 = ~(pi127 | pi124);
assign w699 = v185;
assign v186 = ~(pi127 | w677);
assign w700 = v186;
assign w701 = pi062 & ~pi038;
assign w702 = pi039 & w679;
assign w703 = pi039 & w680;
assign w704 = pi115 & ~w176;
assign w705 = (pi115 & ~w176) | (pi115 & w721) | (~w176 & w721);
assign w706 = pi053 & pi042;
assign w707 = w681 | ~w172;
assign w708 = (~w172 & w681) | (~w172 & ~pi039) | (w681 & ~pi039);
assign w709 = pi039 & w682;
assign w710 = pi039 & w683;
assign w711 = pi039 & w684;
assign w712 = pi039 & w685;
assign w713 = pi039 & w686;
assign w714 = pi039 & w687;
assign w715 = pi039 & w688;
assign v187 = ~(w329 | w320);
assign w716 = v187;
assign v188 = ~(w172 | w689);
assign w717 = v188;
assign v189 = ~(pi064 | pi115);
assign w718 = v189;
assign w719 = pi128 & ~w697;
assign w720 = pi128 & ~w698;
assign w721 = ~pi064 & pi115;
assign w722 = w8 & ~pi136;
assign w723 = pi039 & pi038;
assign w724 = w176 & pi038;
assign w725 = w176 & ~w701;
assign w726 = ~w696 & pi040;
assign v190 = ~(w702 | w172);
assign w727 = v190;
assign w728 = w703 & ~w192;
assign w729 = pi126 & w705;
assign w730 = pi126 & w704;
assign v191 = ~(w702 | w223);
assign w731 = v191;
assign w732 = ~w674 & pi052;
assign w733 = pi114 & ~w176;
assign w734 = pi114 & ~w374;
assign w735 = ~w329 & w692;
assign w736 = ~w329 & w691;
assign w737 = w716 & w692;
assign w738 = w716 & w691;
assign w739 = ~w671 & pi056;
assign w740 = ~w673 & pi057;
assign w741 = w357 & w692;
assign w742 = w357 & w691;
assign w743 = pi054 & pi061;
assign w744 = w8 & pi136;
assign w745 = pi063 & pi128;
assign w746 = pi128 & pi000;
assign w747 = w18 & ~pi063;
assign v192 = ~(pi128 | pi119);
assign w748 = v192;
assign w749 = w28 & pi147;
assign w750 = pi063 & ~pi003;
assign w751 = pi004 & pi128;
assign w752 = pi004 & pi006;
assign w753 = ~pi004 & pi046;
assign w754 = pi004 & pi007;
assign w755 = ~pi004 & pi047;
assign w756 = pi004 & pi008;
assign w757 = ~pi004 & pi048;
assign w758 = pi004 & pi009;
assign w759 = ~pi004 & pi049;
assign w760 = pi004 & pi010;
assign w761 = ~pi004 & pi043;
assign w762 = pi063 & pi011;
assign w763 = pi063 & pi012;
assign w764 = pi063 & pi013;
assign w765 = pi063 & pi014;
assign w766 = pi063 & pi015;
assign w767 = pi063 & pi016;
assign w768 = pi063 & pi017;
assign w769 = pi063 & pi018;
assign w770 = pi004 & pi019;
assign w771 = ~pi004 & pi050;
assign w772 = pi004 & pi020;
assign w773 = ~pi004 & pi051;
assign w774 = pi004 & pi021;
assign w775 = ~pi004 & pi045;
assign w776 = ~pi004 & pi022;
assign w777 = pi004 & pi050;
assign w778 = ~pi004 & pi023;
assign w779 = pi004 & pi051;
assign w780 = ~pi004 & pi024;
assign w781 = pi004 & pi045;
assign w782 = ~pi004 & pi025;
assign w783 = pi004 & pi046;
assign w784 = ~pi004 & pi026;
assign w785 = pi004 & pi047;
assign w786 = ~pi004 & pi027;
assign w787 = pi004 & pi048;
assign w788 = ~pi004 & pi028;
assign w789 = pi004 & pi049;
assign w790 = ~pi004 & pi029;
assign w791 = pi004 & pi043;
assign w792 = pi063 & pi030;
assign w793 = pi063 & pi031;
assign w794 = pi063 & pi032;
assign w795 = pi063 & pi033;
assign w796 = pi063 & pi034;
assign w797 = pi063 & pi035;
assign w798 = pi063 & pi036;
assign w799 = pi063 & pi037;
assign w800 = pi041 & ~pi038;
assign w801 = ~pi041 & pi127;
assign w802 = w696 & ~w163;
assign w803 = pi066 & w182;
assign w804 = w696 & w160;
assign w805 = ~w703 & w192;
assign w806 = pi123 & w705;
assign w807 = pi123 & w704;
assign w808 = w320 & w705;
assign w809 = w320 & w704;
assign w810 = pi058 & pi055;
assign w811 = pi128 & pi064;
assign v193 = ~(w397 | w396);
assign w812 = v193;
assign w813 = pi066 & w28;
assign w814 = ~w8 & w413;
assign w815 = ~pi066 & w28;
assign w816 = ~w8 & w426;
assign v194 = ~(w16 | w18);
assign w817 = v194;
assign w818 = ~w8 & w441;
assign w819 = ~w8 & w467;
assign w820 = ~w397 & pi072;
assign w821 = ~pi146 & pi128;
assign w822 = pi128 & pi075;
assign w823 = pi128 & ~w383;
assign w824 = pi076 & pi128;
assign w825 = ~pi077 & pi128;
assign w826 = ~pi083 & pi082;
assign w827 = ~w826 & pi078;
assign w828 = w826 & pi144;
assign w829 = pi083 & ~pi082;
assign w830 = ~w829 & pi079;
assign w831 = w829 & pi146;
assign w832 = ~w826 & pi080;
assign w833 = w826 & pi140;
assign w834 = ~w829 & pi081;
assign w835 = (~w699 & ~w700) | (~w699 & ~w171) | (~w700 & ~w171);
assign w836 = (w708 & w707) | (w708 & ~w157) | (w707 & ~w157);
assign one = 1;
assign po000 = pi071;// level 0
assign po001 = pi069;// level 0
assign po002 = pi068;// level 0
assign po003 = pi067;// level 0
assign po004 = pi074;// level 0
assign po005 = pi070;// level 0
assign po006 = pi065;// level 0
assign po007 = pi073;// level 0
assign po008 = pi130;// level 0
assign po009 = pi131;// level 0
assign po010 = pi038;// level 0
assign po011 = pi043;// level 0
assign po012 = one;// level 0
assign po013 = pi132;// level 0
assign po014 = ~w6;// level 4
assign po015 = w22;// level 6
assign po016 = w26;// level 4
assign po017 = w33;// level 4
assign po018 = pi133;// level 0
assign po019 = w37;// level 3
assign po020 = w40;// level 3
assign po021 = ~w43;// level 3
assign po022 = ~w46;// level 3
assign po023 = ~w49;// level 3
assign po024 = ~w52;// level 3
assign po025 = ~w55;// level 3
assign po026 = ~w60;// level 3
assign po027 = ~w64;// level 3
assign po028 = ~w68;// level 3
assign po029 = ~w72;// level 3
assign po030 = ~w76;// level 3
assign po031 = ~w80;// level 3
assign po032 = ~w84;// level 3
assign po033 = ~w88;// level 3
assign po034 = ~w91;// level 3
assign po035 = ~w94;// level 3
assign po036 = ~w97;// level 3
assign po037 = ~w100;// level 3
assign po038 = ~w103;// level 3
assign po039 = ~w106;// level 3
assign po040 = ~w109;// level 3
assign po041 = ~w112;// level 3
assign po042 = ~w115;// level 3
assign po043 = ~w118;// level 3
assign po044 = ~w121;// level 3
assign po045 = ~w125;// level 3
assign po046 = ~w128;// level 3
assign po047 = ~w131;// level 3
assign po048 = ~w134;// level 3
assign po049 = ~w137;// level 3
assign po050 = ~w140;// level 3
assign po051 = ~w143;// level 3
assign po052 = ~w146;// level 3
assign po053 = ~w180;// level 8
assign po054 = w186;// level 6
assign po055 = w190;// level 7
assign po056 = w196;// level 7
assign po057 = ~w205;// level 8
assign po058 = w222;// level 8
assign po059 = w226;// level 7
assign po060 = w239;// level 8
assign po061 = w252;// level 8
assign po062 = w265;// level 8
assign po063 = w278;// level 8
assign po064 = w291;// level 8
assign po065 = w304;// level 8
assign po066 = w316;// level 8
assign po067 = ~w322;// level 7
assign po068 = ~w326;// level 7
assign po069 = ~w335;// level 8
assign po070 = w340;// level 7
assign po071 = ~w346;// level 8
assign po072 = ~w350;// level 7
assign po073 = w355;// level 7
assign po074 = w360;// level 7
assign po075 = w364;// level 7
assign po076 = ~w369;// level 8
assign po077 = w372;// level 7
assign po078 = w373;// level 6
assign po079 = w375;// level 5
assign po080 = ~w395;// level 6
assign po081 = w401;// level 6
assign po082 = ~w415;// level 6
assign po083 = ~w428;// level 6
assign po084 = ~w443;// level 6
assign po085 = ~w455;// level 6
assign po086 = ~w469;// level 6
assign po087 = w472;// level 6
assign po088 = ~w486;// level 6
assign po089 = ~w498;// level 6
assign po090 = w501;// level 5
assign po091 = w505;// level 3
assign po092 = w508;// level 5
assign po093 = ~w513;// level 5
assign po094 = ~w518;// level 5
assign po095 = ~w521;// level 5
assign po096 = ~w524;// level 6
assign po097 = w528;// level 7
assign po098 = w531;// level 6
assign po099 = ~w534;// level 6
assign po100 = ~w537;// level 6
assign po101 = ~w540;// level 6
assign po102 = ~w543;// level 6
assign po103 = ~w546;// level 6
assign po104 = ~w549;// level 6
assign po105 = ~w552;// level 6
assign po106 = ~w555;// level 6
assign po107 = ~w558;// level 6
assign po108 = ~w561;// level 6
assign po109 = ~w564;// level 6
assign po110 = ~w567;// level 6
assign po111 = ~w571;// level 7
assign po112 = ~w574;// level 7
assign po113 = ~w577;// level 7
assign po114 = ~w580;// level 7
assign po115 = ~w583;// level 7
assign po116 = ~w586;// level 7
assign po117 = ~w589;// level 7
assign po118 = ~w592;// level 7
assign po119 = ~w595;// level 7
assign po120 = ~w598;// level 7
assign po121 = ~w601;// level 7
assign po122 = ~w604;// level 7
assign po123 = ~w607;// level 7
assign po124 = ~w610;// level 7
assign po125 = ~w613;// level 7
assign po126 = ~w616;// level 7
assign po127 = ~w620;// level 5
assign po128 = w183;// level 4
assign po129 = ~w623;// level 5
assign po130 = ~w626;// level 5
assign po131 = ~w629;// level 5
assign po132 = ~w632;// level 5
assign po133 = ~w635;// level 5
assign po134 = ~w638;// level 5
assign po135 = ~w641;// level 5
assign po136 = ~w645;// level 5
assign po137 = ~w648;// level 5
assign po138 = ~w651;// level 5
assign po139 = ~w654;// level 5
assign po140 = ~w655;// level 4
assign po141 = ~w658;// level 5
assign po142 = ~w661;// level 5
assign po143 = ~w664;// level 5
assign po144 = w667;// level 3
assign po145 = w668;// level 2
assign po146 = w669;// level 1
endmodule